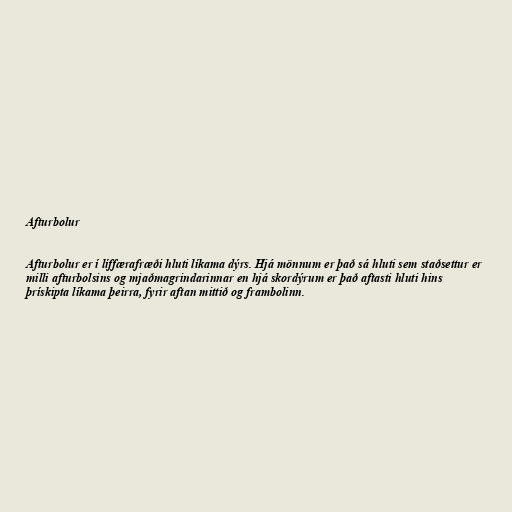
Afturbolur

Afturbolur er í líffærafræði hluti líkama dýrs. Hjá mönnum er það sá hluti sem staðsettur er
milli afturbolsins og mjaðmagrindarinnar en hjá skordýrum er það aftasti hluti hins
þrískipta líkama þeirra, fyrir aftan mittið og frambolinn.